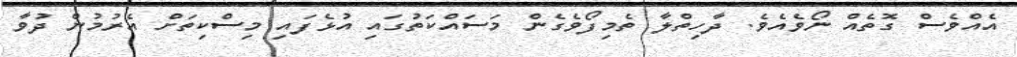
އެއްވެސް ގޮތެއް ނޯވެއެވެ. ދާހިތްލާ ތެމިފޯވެގެން މަސައްކަތުގައި އުޅެފައި މިސްކިތަށް އެރުމުން ދުވާ